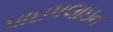
પાઇપલાઇન